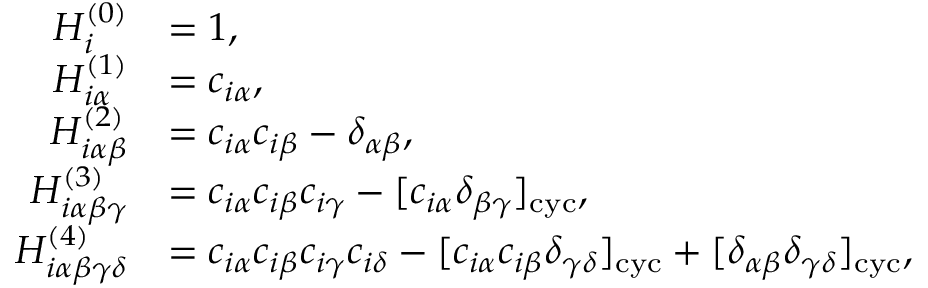
\begin{array} { r l } { H _ { i } ^ { ( 0 ) } } & { = 1 , } \\ { H _ { i \alpha } ^ { ( 1 ) } } & { = c _ { i \alpha } , } \\ { H _ { i \alpha \beta } ^ { ( 2 ) } } & { = c _ { i \alpha } c _ { i \beta } - \delta _ { \alpha \beta } , } \\ { H _ { i \alpha \beta \gamma } ^ { ( 3 ) } } & { = c _ { i \alpha } c _ { i \beta } c _ { i \gamma } - [ c _ { i \alpha } \delta _ { \beta \gamma } ] _ { \mathrm { c y c } } , } \\ { H _ { i \alpha \beta \gamma \delta } ^ { ( 4 ) } } & { = c _ { i \alpha } c _ { i \beta } c _ { i \gamma } c _ { i \delta } - [ c _ { i \alpha } c _ { i \beta } \delta _ { \gamma \delta } ] _ { \mathrm { c y c } } + [ \delta _ { \alpha \beta } \delta _ { \gamma \delta } ] _ { \mathrm { c y c } } , } \end{array}